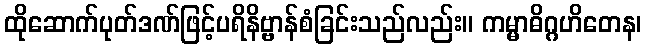
ထိုဆောက်ပုတ်ဒဏ်ဖြင့်ပရိနိဗ္ဗာန်စံခြင်းသည်လည်း။ ကမ္မာဓိဂ္ဂဟိတေန၊